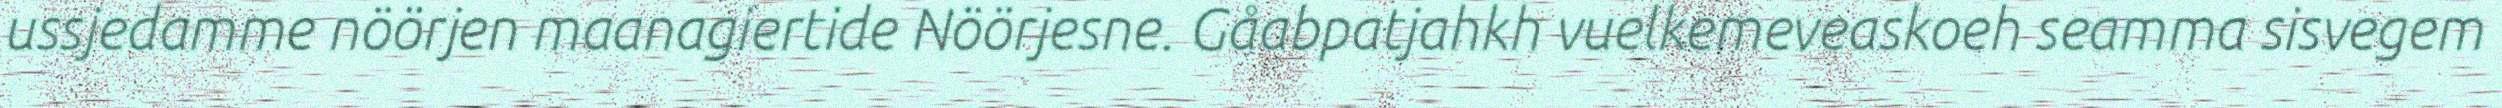
ussjedamme nöörjen maanagiertide Nöörjesne. Gåabpatjahkh vuelkemeveaskoeh seamma sisvegem